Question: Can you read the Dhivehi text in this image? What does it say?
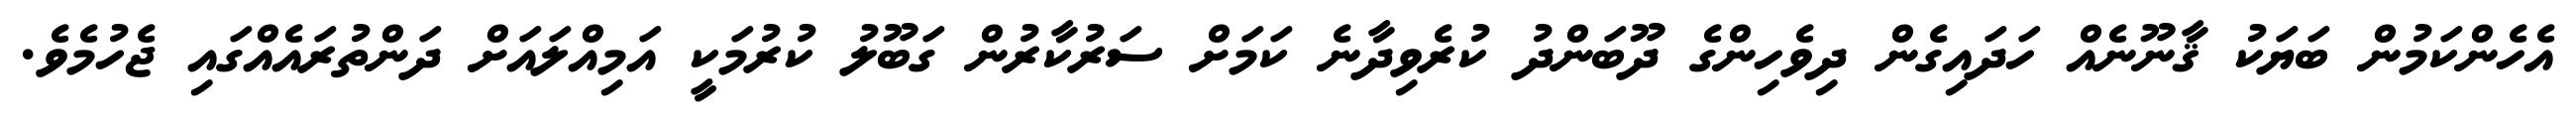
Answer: އެހެންކަމުން ބަޔަކު ޤާނޫނެއް ހަދައިގެން ދިވެހިންގެ ދޫބަންދު ކުރެވިދާނެ ކަމަށް ސަރުކާރުން ގަބޫލު ކުރުމަކީ އަމިއްލައަށް ދަންތުރައެއްގައި ޖެހުމެވެ.